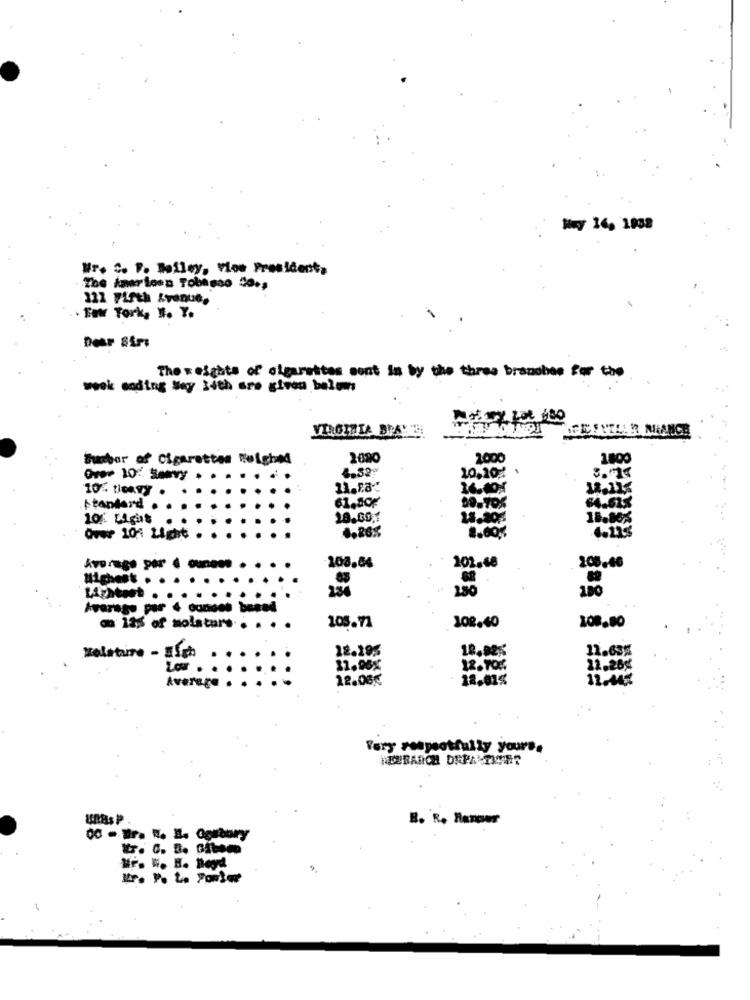
Hry 16, 1938
Mr. C. P. Bailey, Vice President,
The American Tobasso do .,
322 7Lfth Avenue,
for York, N. Y.
Dear Sir:
The weights of olgarettes sont in by the three branches for the
week coding Way 24th are given belen
Sunbor of Cigarettes Weighed
2020
2.000
1800
10.20% 1
Ovos 10: Somvy
10% ticawy
16.40x
61.50%
64.51%
standard
10: Light
18.00,1
18.80%
Over 10: Light
108.04
Average por 4 ounces
101.68
208.46
1.80
Lightest
Avarage por
canoes based
108.71
108.40
108,80
a: 12% of molat .... . .
12.295
11.63%
Kolataire - High
12.70%
12.28¢
Average
12.08€
18,01%
12.04
Very respectfully yours.
B. R. Hanour
00 - ür. .. E. Ogabary